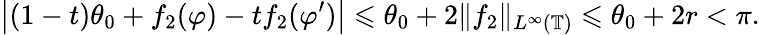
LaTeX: \big|(1-t)\theta_{0}+f_{2}(\varphi)-tf_{2}(\varphi^{\prime})\big|\leqslant\theta_{0}+2\| f_{2}\| _{L^{\infty}(\mathbb{T})}\leqslant\theta_{0}+2r<\pi.